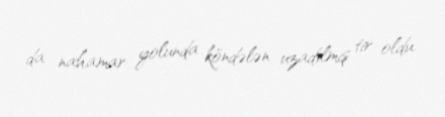
da nahamar yolunda köndələn uzadılmış tir oldu.